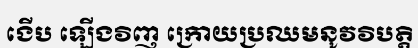
ងើប ឡើងវិញ ក្រោយប្រឈមនូវវិបត្តិ